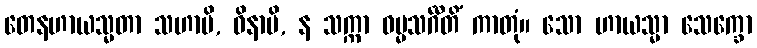
တေနဟာယသ္မတာ သဟာပိ, ဝိနာပိ, န သက္ကာ ဓမ္မသင်္ဂီတိံ ကာတုံ။ သော ဟာယသ္မာ သေက္ခော